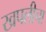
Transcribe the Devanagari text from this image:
खपलीचा